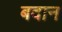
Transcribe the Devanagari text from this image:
बदान